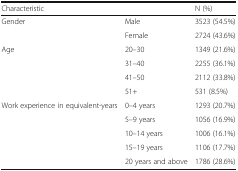
| Characteristic |  | N (%) |
 | --- | --- | --- |
 | <ROWSPAN=2> Gender | Male | 3523 (54.5%) |
 | Female | 2724 (43.6%) |
 | <ROWSPAN=4> Age | 20–30 | 1349 (21.6%) |
 | 31–40 | 2255 (36.1%) |
 | 41–50 | 2112 (33.8%) |
 | 51+ | 531 (8.5%) |
 | <ROWSPAN=5> Work experience in equivalent-years | 0–4 years | 1293 (20.7%) |
 | 5–9 years | 1056 (16.9%) |
 | 10–14 years | 1006 (16.1%) |
 | 15–19 years | 1106 (17.7%) |
 | 20 years and above | 1786 (28.6%) |